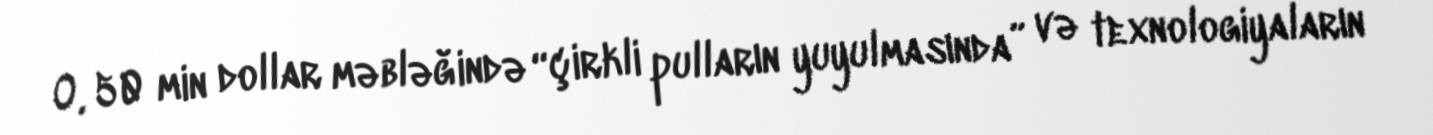
O, 50 min dollar məbləğində “çirkli pulların yuyulmasında” və texnologiyaların